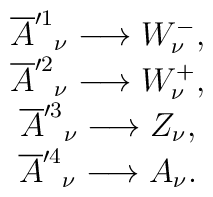
\begin{array}{c}\overline{A}^{\prime 1}{}_{\nu }\longrightarrow W_{\nu }^{-}, \\\overline{A}^{\prime 2}{}_{\nu }\longrightarrow W_{\nu }^{+}, \\\overline{A}^{\prime 3}{}_{\nu }\longrightarrow Z_{\nu }, \\\overline{A}^{\prime 4}{}_{\nu }\longrightarrow A_{\nu}.\end{array}